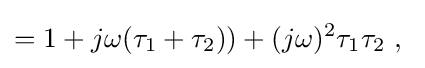
=1+j\omega ({\tau }_{1}+{\tau }_{2}))+(j\omega )^{2}\tau _{1}\tau _{2}\ ,\